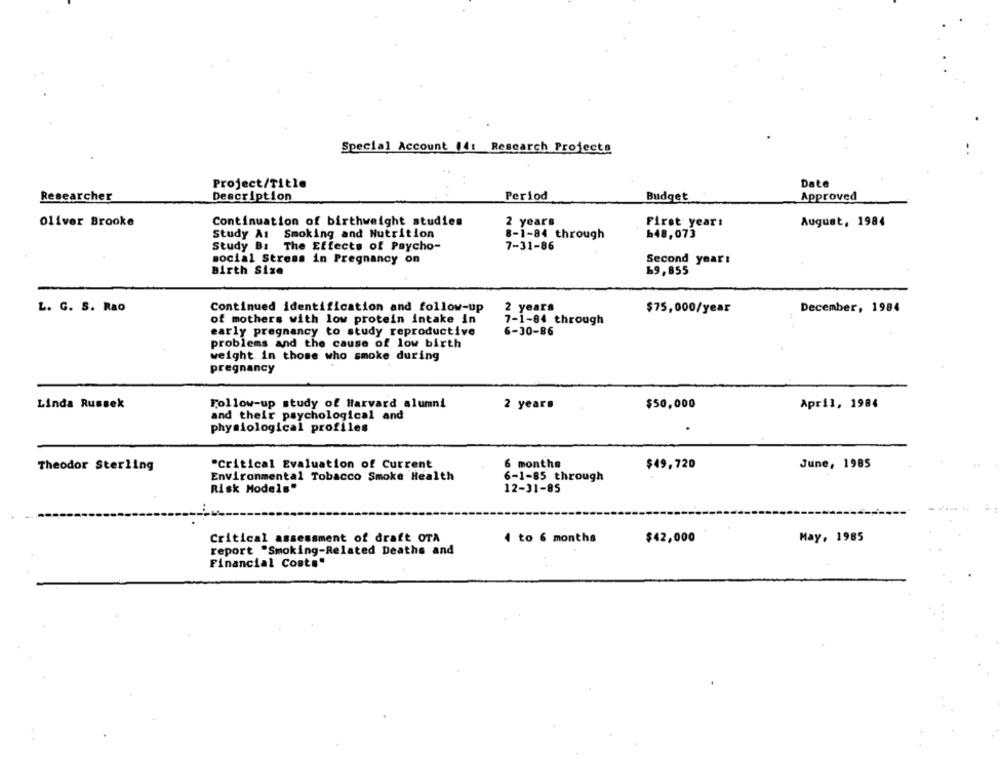
Special Account 14: Research Projects
Date
Project/Title
Researcher
Description
Period
Budget
Approved
2 years
oliver Brooke
Continuation of birthweight studies
First year:
August, 1984
Study As
Smoking and Nutrition
8-1-84 through
648,073
Study Bs
The Effects of Paycho-
7-31-86
social Stress in Pregnancy on
Second year:
Birth Size
69, 855
L. G. S. Rao
Continued identification and follow-up
2 years
$75,000/year
December, 1984
of mothers with low protein intake in
7-1-04 through
early pregnancy to study reproductive
6-30-B6
problems and the cause of low birth
weight in those who smoke during
pregnancy
Linda Russek
Follow-up study of Harvard alumni
2 years
$50,000
April, 1984
and their psychological and
physiological profiles
"Critical Evaluation of Current
6 months
Theodor Sterling
$49,720
June, 1985
Environmental Tobacco Smoke Health
6-1-85 through
Risk Models"
12-31-85
Critical assessment of draft OTA
4 to 6 months
$42,000
May, 1985
report "Smoking-Related Deaths and
Financial Costs"